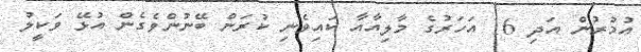
އުމުރުން އަދި 16 އަހަރުގެ މާލިއާއާ ކައިވެނި ކުރަން ބޭނުންވެގެން އުޅޭ ވަކީލު